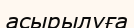
асырылуға